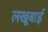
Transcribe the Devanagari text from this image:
लखूबाई